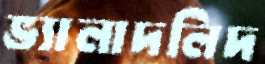
ভ্যালাদলিদ